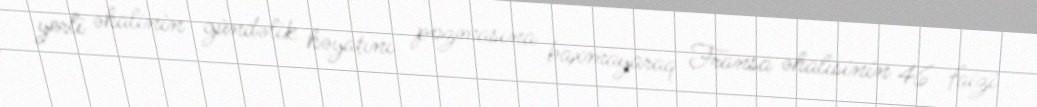
yerli əhalinin gündəlik həyatını pozmasına baxmayaraq Fransa əhalisinin 46 faizi